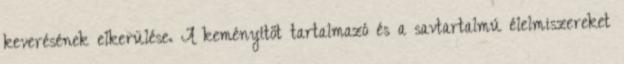
keverésének elkerülése. A keményítőt tartalmazó és a savtartalmú élelmiszereket